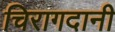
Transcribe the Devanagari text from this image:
चिरागदानी